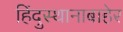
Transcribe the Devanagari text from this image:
हिंदुस्थानाबाहेर